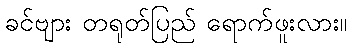
ခင်ဗျား တရုတ်ပြည် ရောက်ဖူးလား။